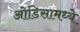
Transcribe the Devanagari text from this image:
ओडिसामध्ये